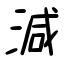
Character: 減